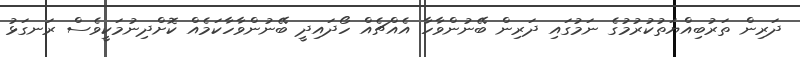
ދަރިން ތަރުބިއްޔަތުކުރުމުގެ ނަމުގައި ދަރިން ބޭނުންވާހާ އެއްޗެއް ހޯދައިދީ ބޭނުންވާހާކަމެއް ކޮށްދިނުމަކީވެސް ރަނގަޅު